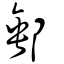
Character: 郵